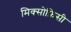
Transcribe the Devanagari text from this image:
मिक्सोफ़िसी